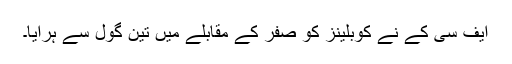
ایف سی کے نے کوبلینز کو صفر کے مقابلے میں تین گول سے ہرایا۔